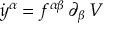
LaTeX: \dot { y } ^ { \alpha } = f ^ { \alpha \beta } \, \partial _ { \beta } \, V